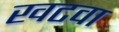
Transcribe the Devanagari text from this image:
खटवा